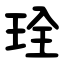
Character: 㻇